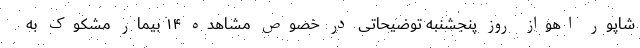
شاپور اهواز روز پنجشنبه توضیحاتی در خصوص مشاهده ۱۴ بیمار مشکوک به